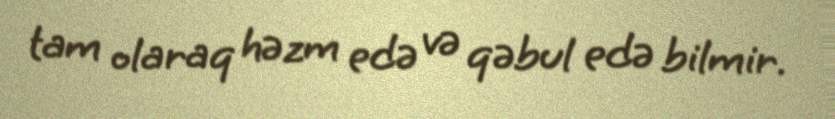
tam olaraq həzm edə və qəbul edə bilmir.